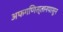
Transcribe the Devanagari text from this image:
अफगणिस्तानपासून